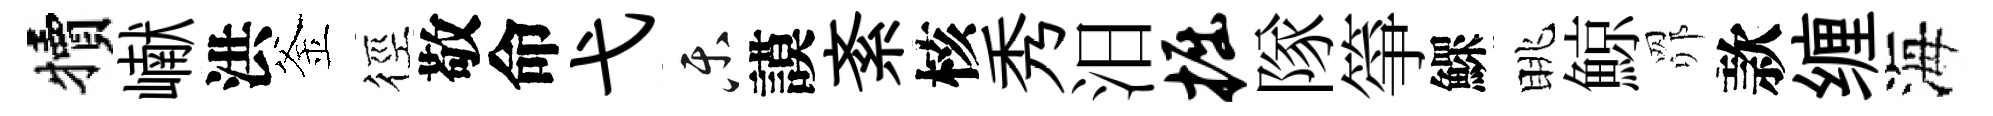
犢𪩘洪釜徑敬命弋乐謨紊核秀汨掘隊箏鰥眺鯨𦊑款缠海